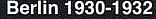
Berlin 1930-1932